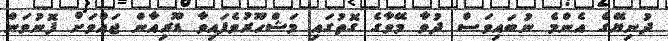
ދުނިޔޭގެ އެންމެ ނުބައިވަސް ދުވާ މޭވާގެ ގޮތުގައި މަޝްހޫރުވެފައިވާ ޑޫރިއާން ޖައްވަށް ފޮނުވަން